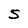
Character: s